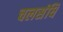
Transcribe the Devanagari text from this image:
चलसंधि